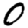
Digit: 0